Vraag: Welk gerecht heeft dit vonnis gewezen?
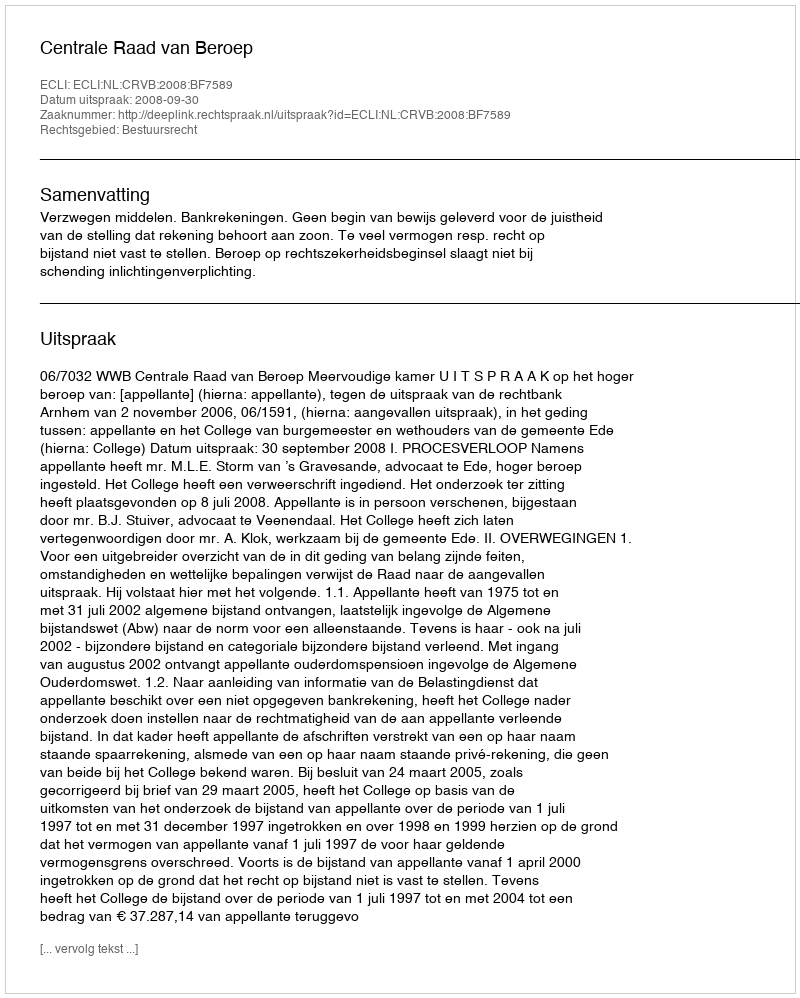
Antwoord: Centrale Raad van Beroep